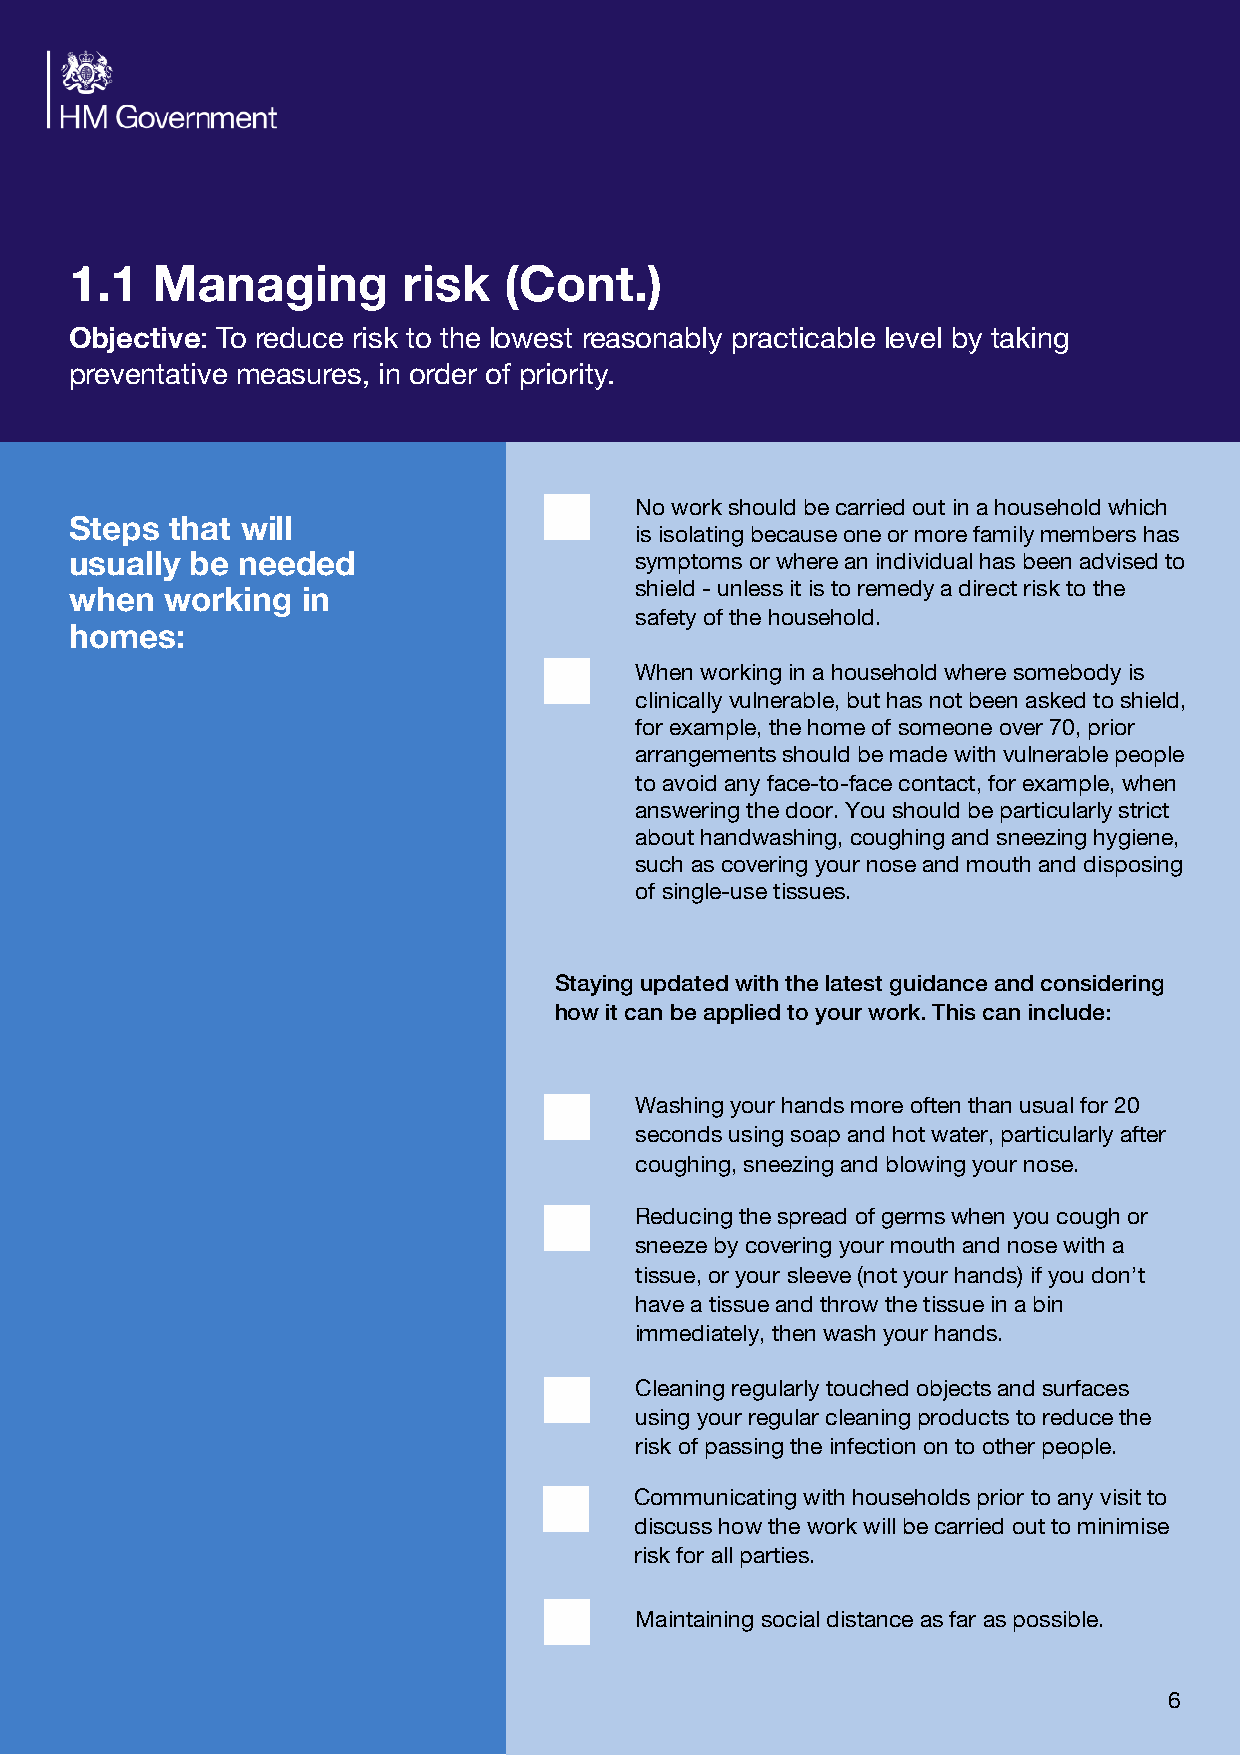
1                g      k
 1.   Managin          ris   (Cont.)
 : To reduce risk to the lowest reasonably practicable level by taking
 Objective
 preventative measures, in order of priority.
 No work should be carried out in a household which
 s     t  ill
 Step  tha  w                         is isolating because one or more family members has
 y  e                           symptoms or where an individual has been advised to
 usuall  b  needed
 shield -unless it is to remedy a direct risk to the
 n        g
 whe   workin   in
 safety of the household.
 :
 homes
 When working in a household where somebody is
 clinically vulnerable, but has not been asked to shield,
 for example, the home of someone over 70, prior
 arrangements should be made with vulnerable people
 to avoid any face-to-face contact, for example, when
 answering the door. You should be particularly strict
 about handwashing, coughing and sneezing hygiene,
 such as covering your nose and mouth and disposing
 of single-use tissues.
 Staying updated with the latest guidance and considering
 how it can be applied to your work. This can include:
 Washing your hands more often than usual for 20
 seconds using soap and hot water, particularly after
 coughing, sneezing and blowing your nose.
 Reducing the spread of germs when you cough or
 sneeze by covering your mouth and nose with a
 tissue, or your sleeve (not your hands) if you don’t
 have a tissue and throw the tissue in a bin
 immediately, then wash your hands.
 Cleaning regularly touched objects and surfaces
 using your regular cleaning products to reduce the
 risk of passing the infection on to other people.
 Communicating with households prior to any visit to
 discuss how the work will be carried out to minimise
 risk for all parties.
 Maintaining social distance as far as possible.
 6